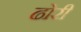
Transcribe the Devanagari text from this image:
ढोरी